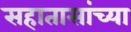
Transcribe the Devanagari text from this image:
सहातासांच्या